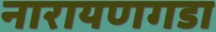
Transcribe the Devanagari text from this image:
नारायणगडा